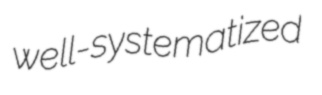
well-systematized